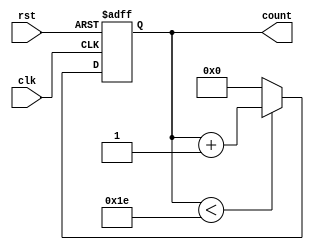
module fileWriteModule(
input clk,
input rst,
output [7:0] count
    );
    
    reg [7:0] count;
    
    always@ (posedge clk or posedge rst)
    begin
    if (rst)
    count <= 8'b0;
    
    else begin
    if(count < 30)
    count <= count + 1;
    else
    count <= 8'b0;
    end
    end
    
endmodule